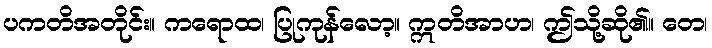
ပကတိအတိုင်း။ ကရောထ၊ ပြုကုန်လော့။ ဣတိအာဟ၊ ဤသို့ဆို၏။ တေ၊